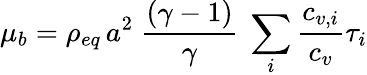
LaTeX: \mu_{b}=\rho_{eq}\, a^{2}~\frac{(\gamma-1)}{\gamma}~\sum_{i}\frac{c_{v,i}}{c_{v}}\tau_{i}